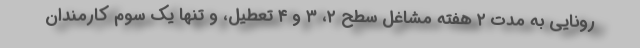
رونایی به مدت ۲ هفته مشاغل سطح ۲، ۳ و ۴ تعطیل، و تنها یک سوم کارمندان